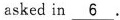
asked in\underline{6}.